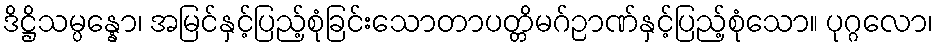
ဒိဋ္ဌိသမ္ပန္နော၊ အမြင်နှင့်ပြည့်စုံခြင်းသောတာပတ္တိမဂ်ဉာဏ်နှင့်ပြည့်စုံသော။ ပုဂ္ဂလော၊